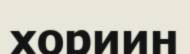
хориин